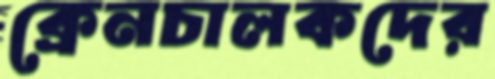
ক্রেনচালকদের